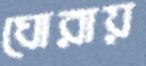
ঘোরায়